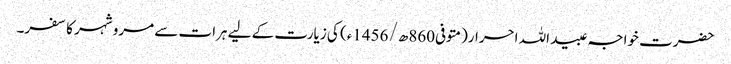
حضرت خواجہ عبید اللہ احرار(متوفی860ھ/ 1456ء) کی زیارت کے لیے ہرات سے مرو شہر کا سفر۔